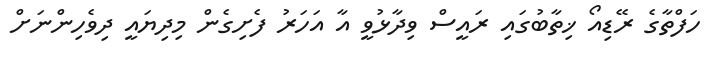
ހަފްތާގެ ރޭޑިއޯ ޚިތާބުގައި ރައީސް ވިދާޅުވީ އާ އަހަރު ފެށިގެން މިދިޔައީ ދިވެހިންނަށް